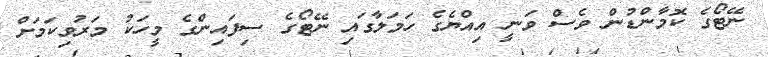
ނޭޓޯގެ ކޮމާންޑުން ވެސް ވަނީ އިއްޔެގެ ހަމަލާގައި ނޭޓޯގެ ސިފައިންގެ މީހަކު މަރުވިކަމަށްް